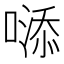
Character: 𠻹